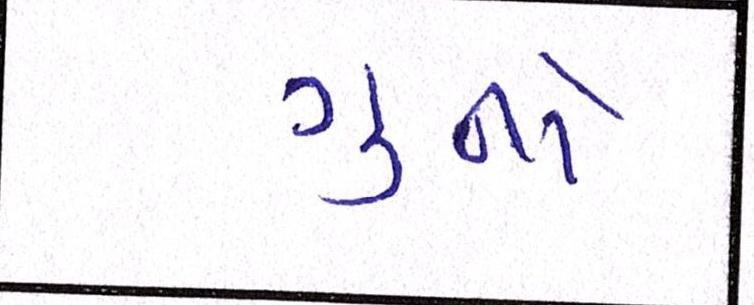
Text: ગુનો